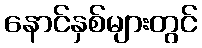
နောင်နှစ်များတွင်